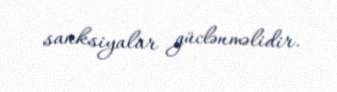
sanksiyalar güclənməlidir.